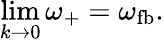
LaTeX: \operatorname*{lim}_{k\rightarrow 0}\omega_{+}=\omega_{\mathrm{fb}}.